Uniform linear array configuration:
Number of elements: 64
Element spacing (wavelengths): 0.75
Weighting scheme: exponential
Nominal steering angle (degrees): -30
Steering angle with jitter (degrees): -28.836
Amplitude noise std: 0.05
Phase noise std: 0.05

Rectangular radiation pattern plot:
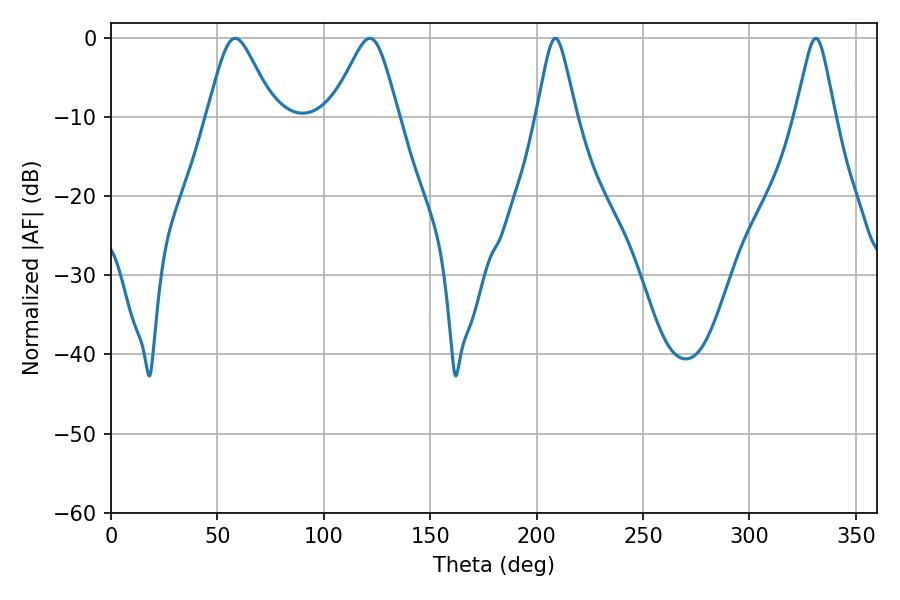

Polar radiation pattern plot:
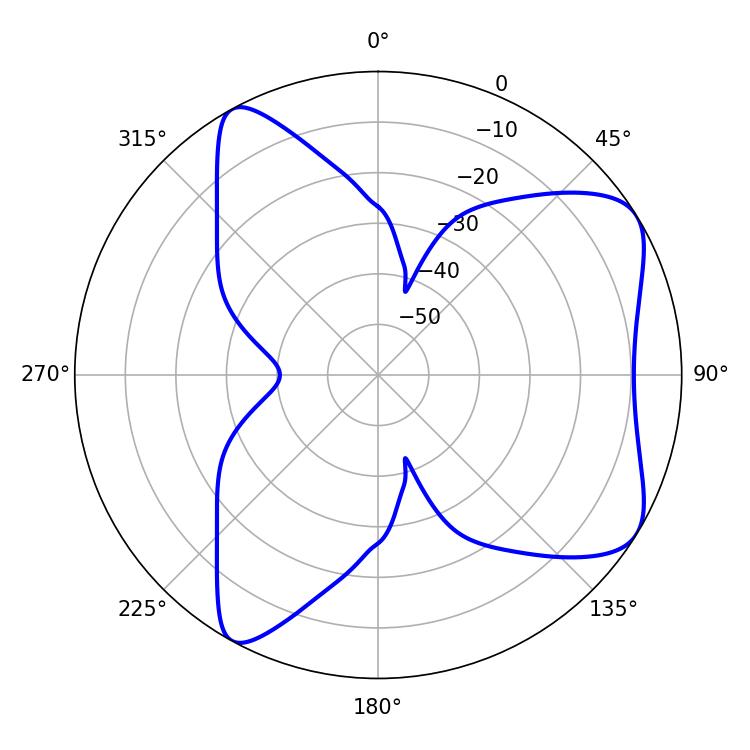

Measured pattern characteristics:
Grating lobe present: TRUE
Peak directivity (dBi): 7.008
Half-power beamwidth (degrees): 8.82
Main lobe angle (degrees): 208.8